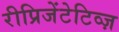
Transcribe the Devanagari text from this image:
रीप्रिजेंटेटिव्ज़